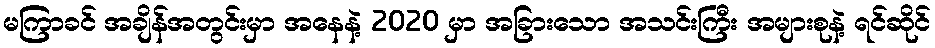
မကြာခင် အချိန်အတွင်းမှာ အနေနဲ့ 2020 မှာ အခြားသော အသင်းကြီး အများစုနဲ့ ရင်ဆိုင်